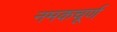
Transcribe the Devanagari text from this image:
नमकचूर्ण